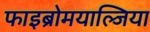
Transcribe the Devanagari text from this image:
फाइब्रोमयाल्जिया